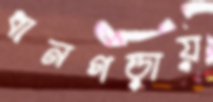
ধানগড়ায়